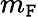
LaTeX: m_{\mathtt{F}}